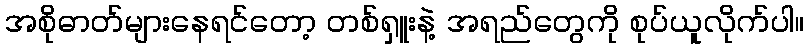
အစိုဓာတ်များနေရင်တော့ တစ်ရှူးနဲ့ အရည်တွေကို စုပ်ယူလိုက်ပါ။